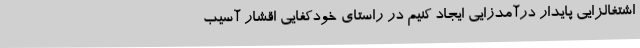
اشتغالزایی پایدار درآمدزایی ایجاد کنیم در راستای خودکفایی اقشار آسیب